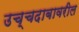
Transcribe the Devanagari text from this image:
उच्चदाबावरील